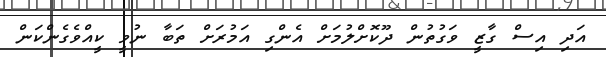
އަދި އިސް ގާޒީ ވަގުތުން ދޫކޮށްލުމަށް އެންގި އަމުރަށް ތަބާ ނުވީ ކީއްވެގެންކަން